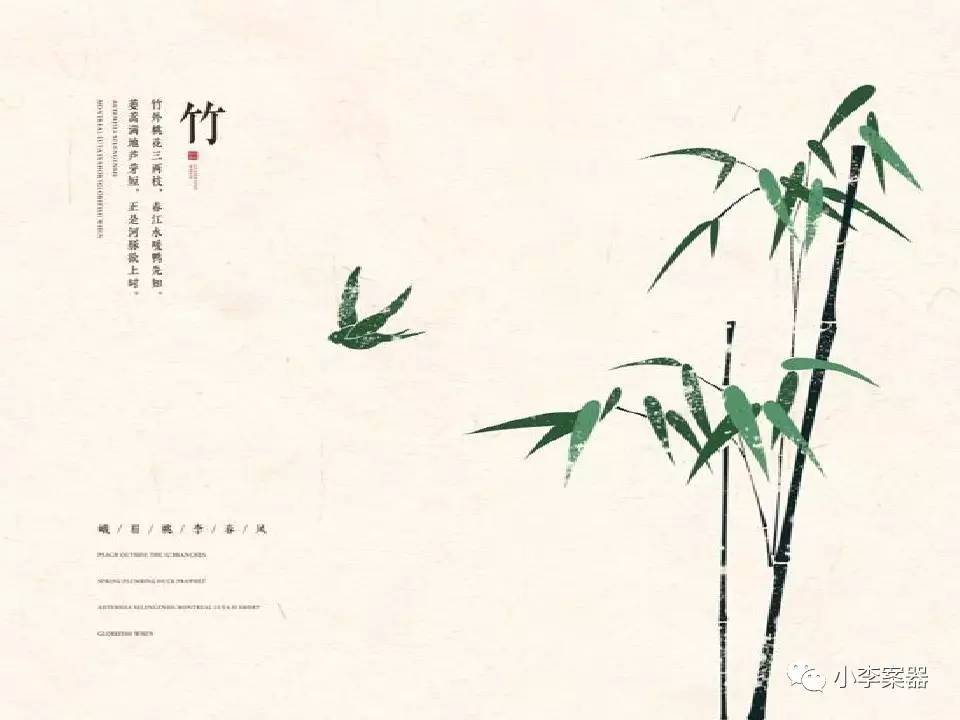
恩疏宠不及，桃李伤春风。